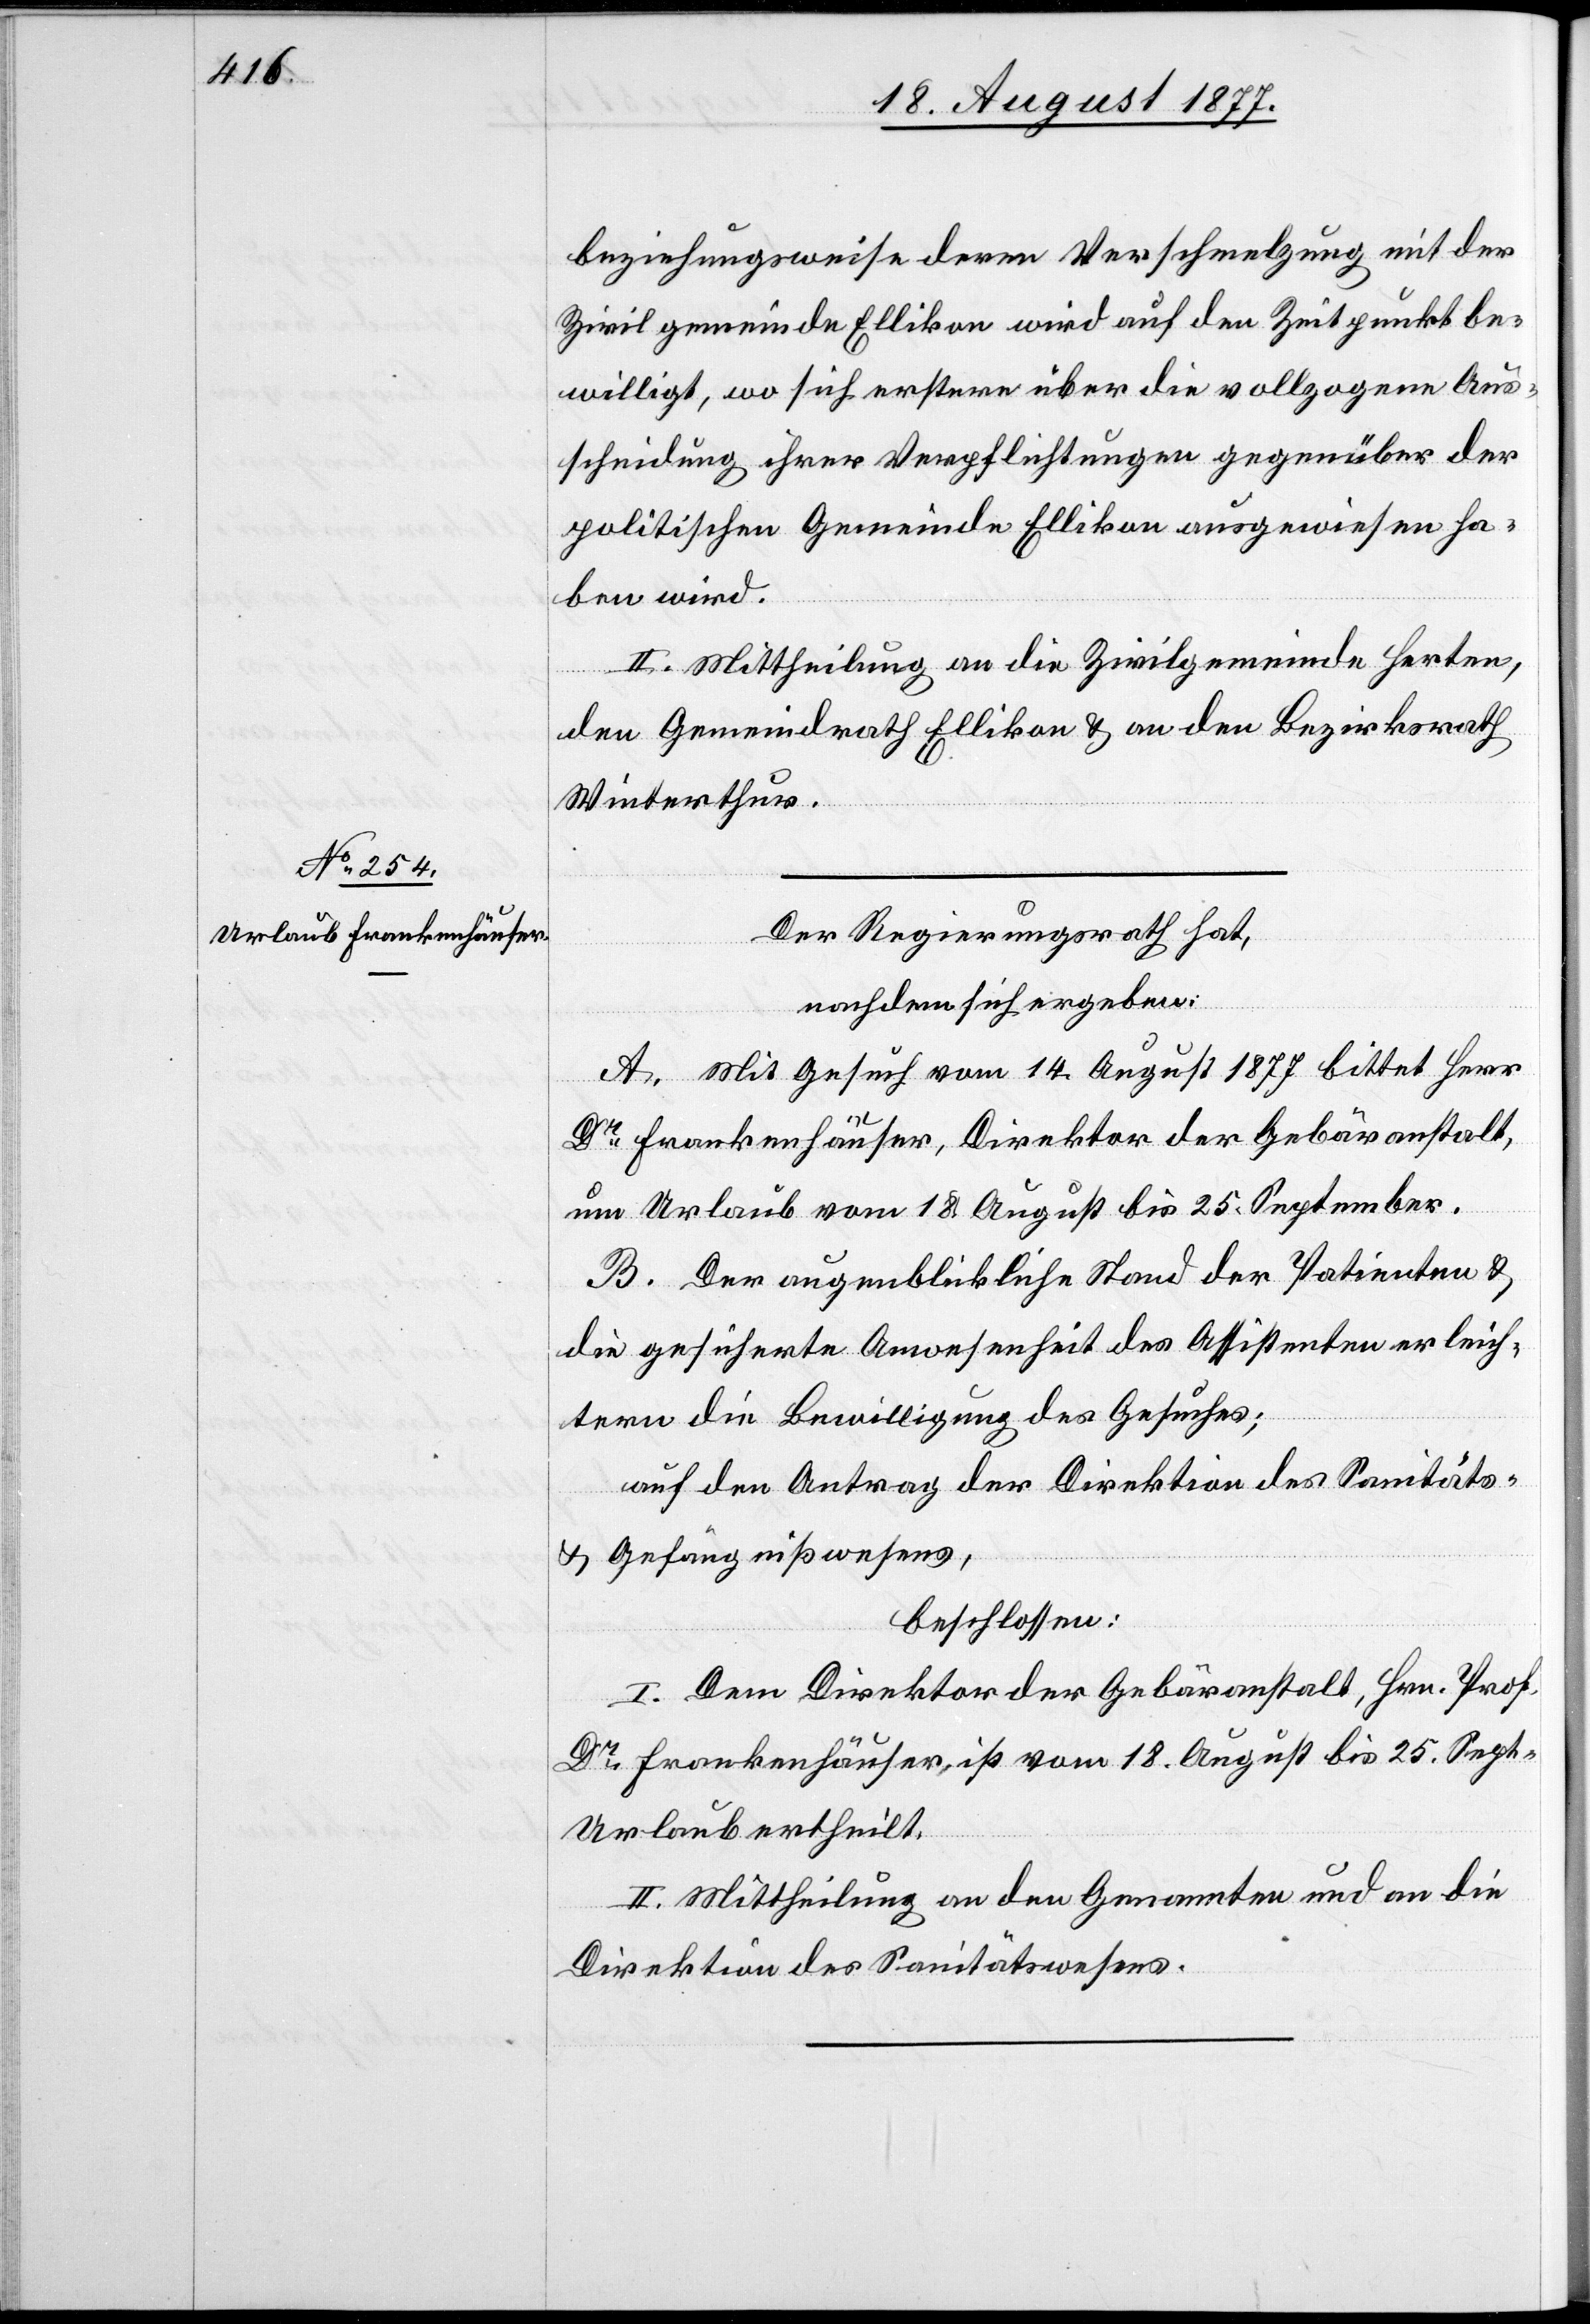
beziehungsweise deren Verschmelzung mit der
Zivilgemeinde Ellikon wird auf den Zeitpunkt be¬
willigt, wo sich erstere über die vollzogene Aus¬
scheidung ihrer Verpflichtungen gegenüber der
politischen Gemeinde Ellikon ausgewiesen ha¬
ben wird.
II. Mittheilung an die Zivilgemeinde Herten,
den Gemeindrath Ellikon & an den Bezirksrath
Winterthur.
Der Regierungsrath hat,
nachdem sich ergeben:
er]
A. Mit Gesuch vom 14. August 1877 bittet Herr
Dr Frankenhäuser, Direktor der Gebäranstalt,
um Urlaub vom 18. August bis 25. September.
B. Der augenblickliche Stand der Patienten &
die gesicherte Anwesenheit des Assistenten erleich¬
tern die Bewilligung des Gesuches;
auf den Antrag der Direktion des Sanitäts-
& Gefängnißwesens,
beschlossen:
I. Dem Direktor der Gebäranstalt, Hrn. Prof.
Dr Frankenhäuser, ist vom 18. August bis 25. Sept[e¬
Urlaub ertheilt.
II. Mittheilung an den Genannten und an die
Direktion des Sanitätswesens.